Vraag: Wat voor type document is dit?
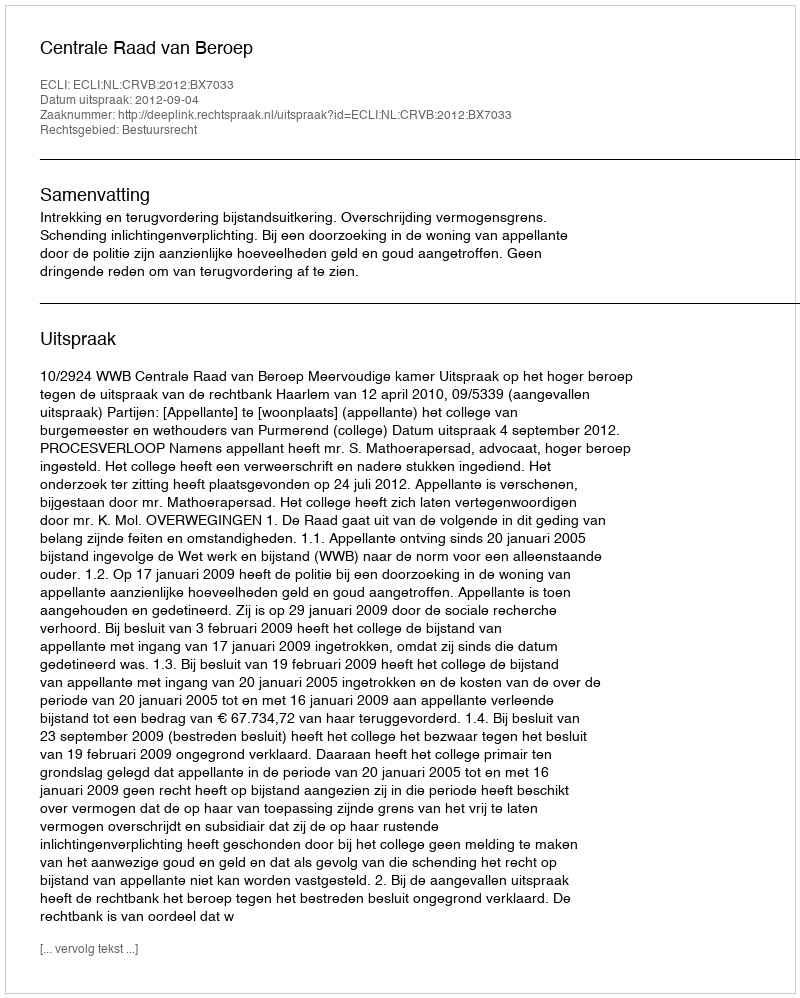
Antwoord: Uitspraak